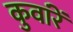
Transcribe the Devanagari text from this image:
कुवांरें